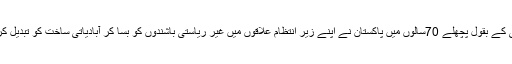
اس کمیٹی کے بقول پچھلے 70سالوں میں پاکستان نے اپنے زیر انتظام علاقوں میں غیر ریاستی باشندوں کو بسا کر آبادیاتی ساخت کو تبدیل کر دیا ہے۔